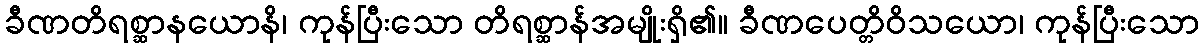
ခီဏတိရစ္ဆာနယောနိ၊ ကုန်ပြီးသော တိရစ္ဆာန်အမျိုးရှိ၏။ ခီဏပေတ္တိဝိသယော၊ ကုန်ပြီးသော